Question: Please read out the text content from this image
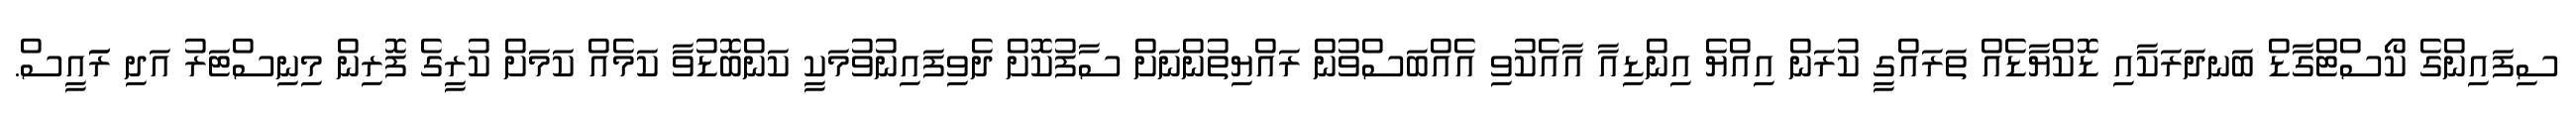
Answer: ސިފައިންގެ ކޯސްޓްގާޑް ބަނދަރަކާއި ޑޮކްޔާޑެއް ތަރައްގީ ކުރަން އިއްޔެ އިންޑިއާ އާއެކުވި އެއްބަސްވުން ރައްޔިތުންނަށް ސާފުކޮށް ދެވިފައިނުވުމަކީ ކަންބޮޑުވާ ކަމެއް ކަމަށް ކުރީގެ ފޮރިން މިނިސްޓަރު އަދި ރަައީސް.